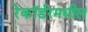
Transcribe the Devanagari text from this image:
रेकॉर्डरमधील